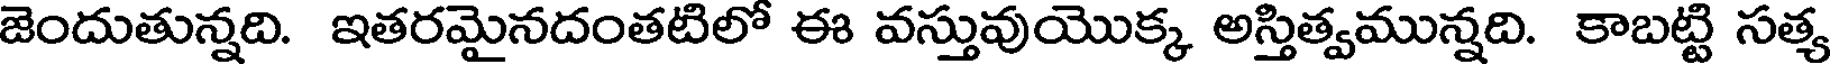
జెందుతున్నది. ఇతరమైనదంతటిలో ఈ వస్తువుయొక్క అస్తిత్వమున్నది. కాబట్టి సత్య